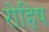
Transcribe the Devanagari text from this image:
रोहिष